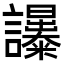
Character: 𧮔